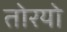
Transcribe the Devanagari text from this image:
तोरयो